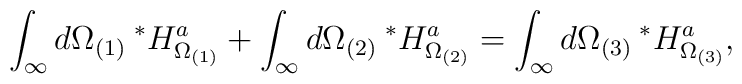
\int_{\infty} d\Omega_{(1)} \> {}^*H^a_{\Omega_{(1)}} + \int_{\infty} d\Omega_{(2)} \>{}^*H^a_{\Omega_{(2)}}  = \int_{\infty} d\Omega_{(3)} \>{}^*H^a_{\Omega_{(3)}},